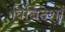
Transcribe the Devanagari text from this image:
विनिदेशों